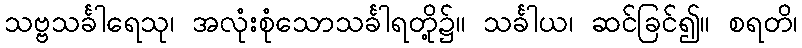
သဗ္ဗသင်္ခါရေသု၊ အလုံးစုံသောသင်္ခါရတို့၌။ သင်္ခါယ၊ ဆင်ခြင်၍။ စရတိ၊